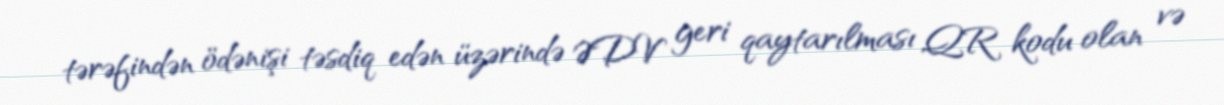
tərəfindən ödənişi təsdiq edən üzərində ƏDV geri qaytarılması QR kodu olan və